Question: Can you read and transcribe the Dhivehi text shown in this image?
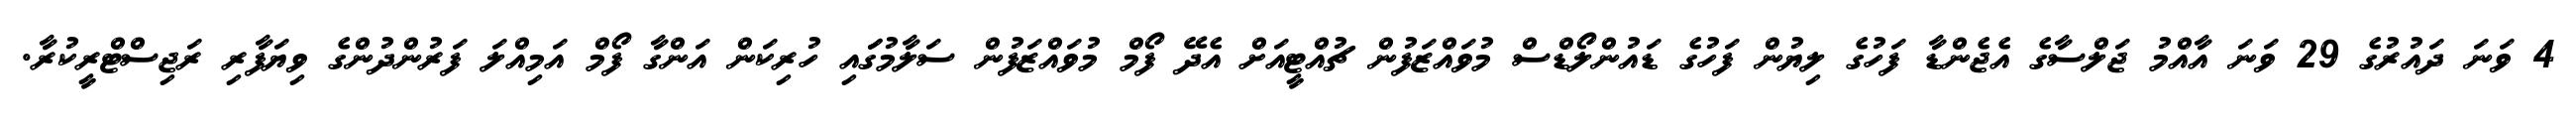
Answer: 4 ވަނަ ދައުރުގެ 29 ވަނަ އާއްމު ޖަލްސާގެ އެޖެންޑާ ފަހުގެ ލިޔުން ފަހުގެ ޑައުންލޯޑްސް މުވައްޒަފުން ޗުއްޓީއަށް އެދޭ ފޯމް މުވައްޒަފުން ސަލާމުގަައި ހުރިކަން އަންގާ ފޯމް އަމިއްލަ ފަރުންދުންގެ ވިޔަފާރި ރަޖިސްޓްރީކުރާ.